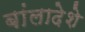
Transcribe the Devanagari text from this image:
बांलादेशे